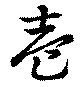
壱